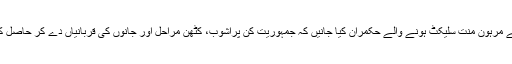
سلیکٹرز کے مرہون منت سلیکٹ ہونے والے حکمران کیا جانیں کہ جمہوریت کن پُرآشوب، کٹھن مراحل اور جانوں کی قربانیاں دے کر حاصل کی گئی ہے۔